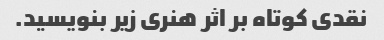
نقدی کوتاه بر اثر هنری زیر بنویسید.